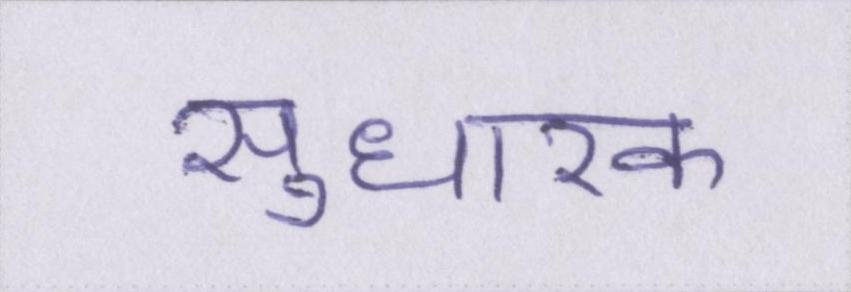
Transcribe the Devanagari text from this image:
सुधारक